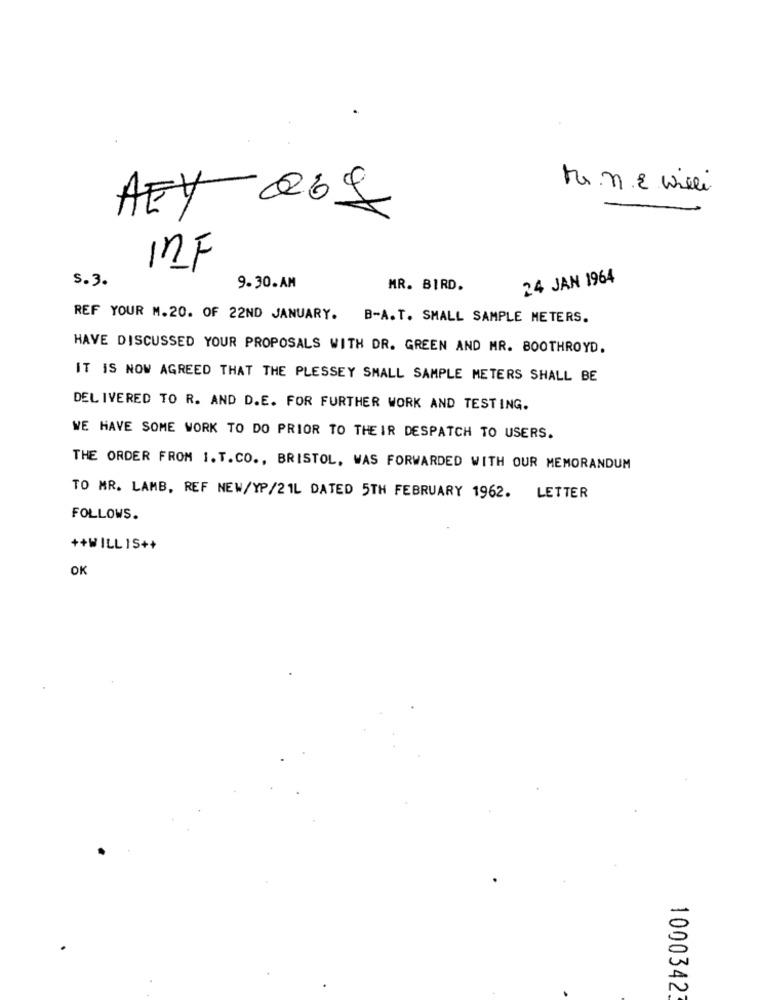
tune wili
AFY 069
INF
s.3.
24 JAN 1964
9.30.AM
MR. BIRD.
REF YOUR M. 20. OF 22ND JANUARY. B-A. T. SMALL SAMPLE METERS.
HAVE DISCUSSED YOUR PROPOSALS WITH DR. GREEN AND MR. BOOTHROYD.
IT IS NOW AGREED THAT THE PLESSEY SMALL SAMPLE METERS SHALL BE
DELIVERED TO R. AND D.E. FOR FURTHER WORK AND TESTING.
WE HAVE SOME WORK TO DO PRIOR TO THEIR DESPATCH TO USERS.
THE ORDER FROM 1. T. CO ., BRISTOL, WAS FORWARDED WITH OUR MEMORANDUM
TO MR. LAMB, REF NEW/YP/2 1L DATED 5TH FEBRUARY 1962. LETTER
FOLLOWS.
++WILL IS++
OK
10003423